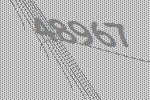
48967